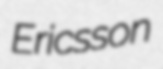
Ericsson